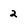
Character: 2